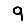
Digit: 9